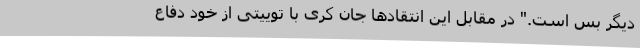
دیگر بس است." در مقابل این انتقادها جان کری با توییتی از خود دفاع